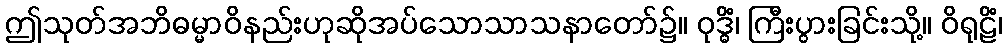
ဤသုတ်အဘိဓမ္မာဝိနည်းဟုဆိုအပ်သောသာသနာတော်၌။ ဝုဒ္ဓိံ၊ ကြီးပွားခြင်းသို့။ ဝိရုဠိံ၊